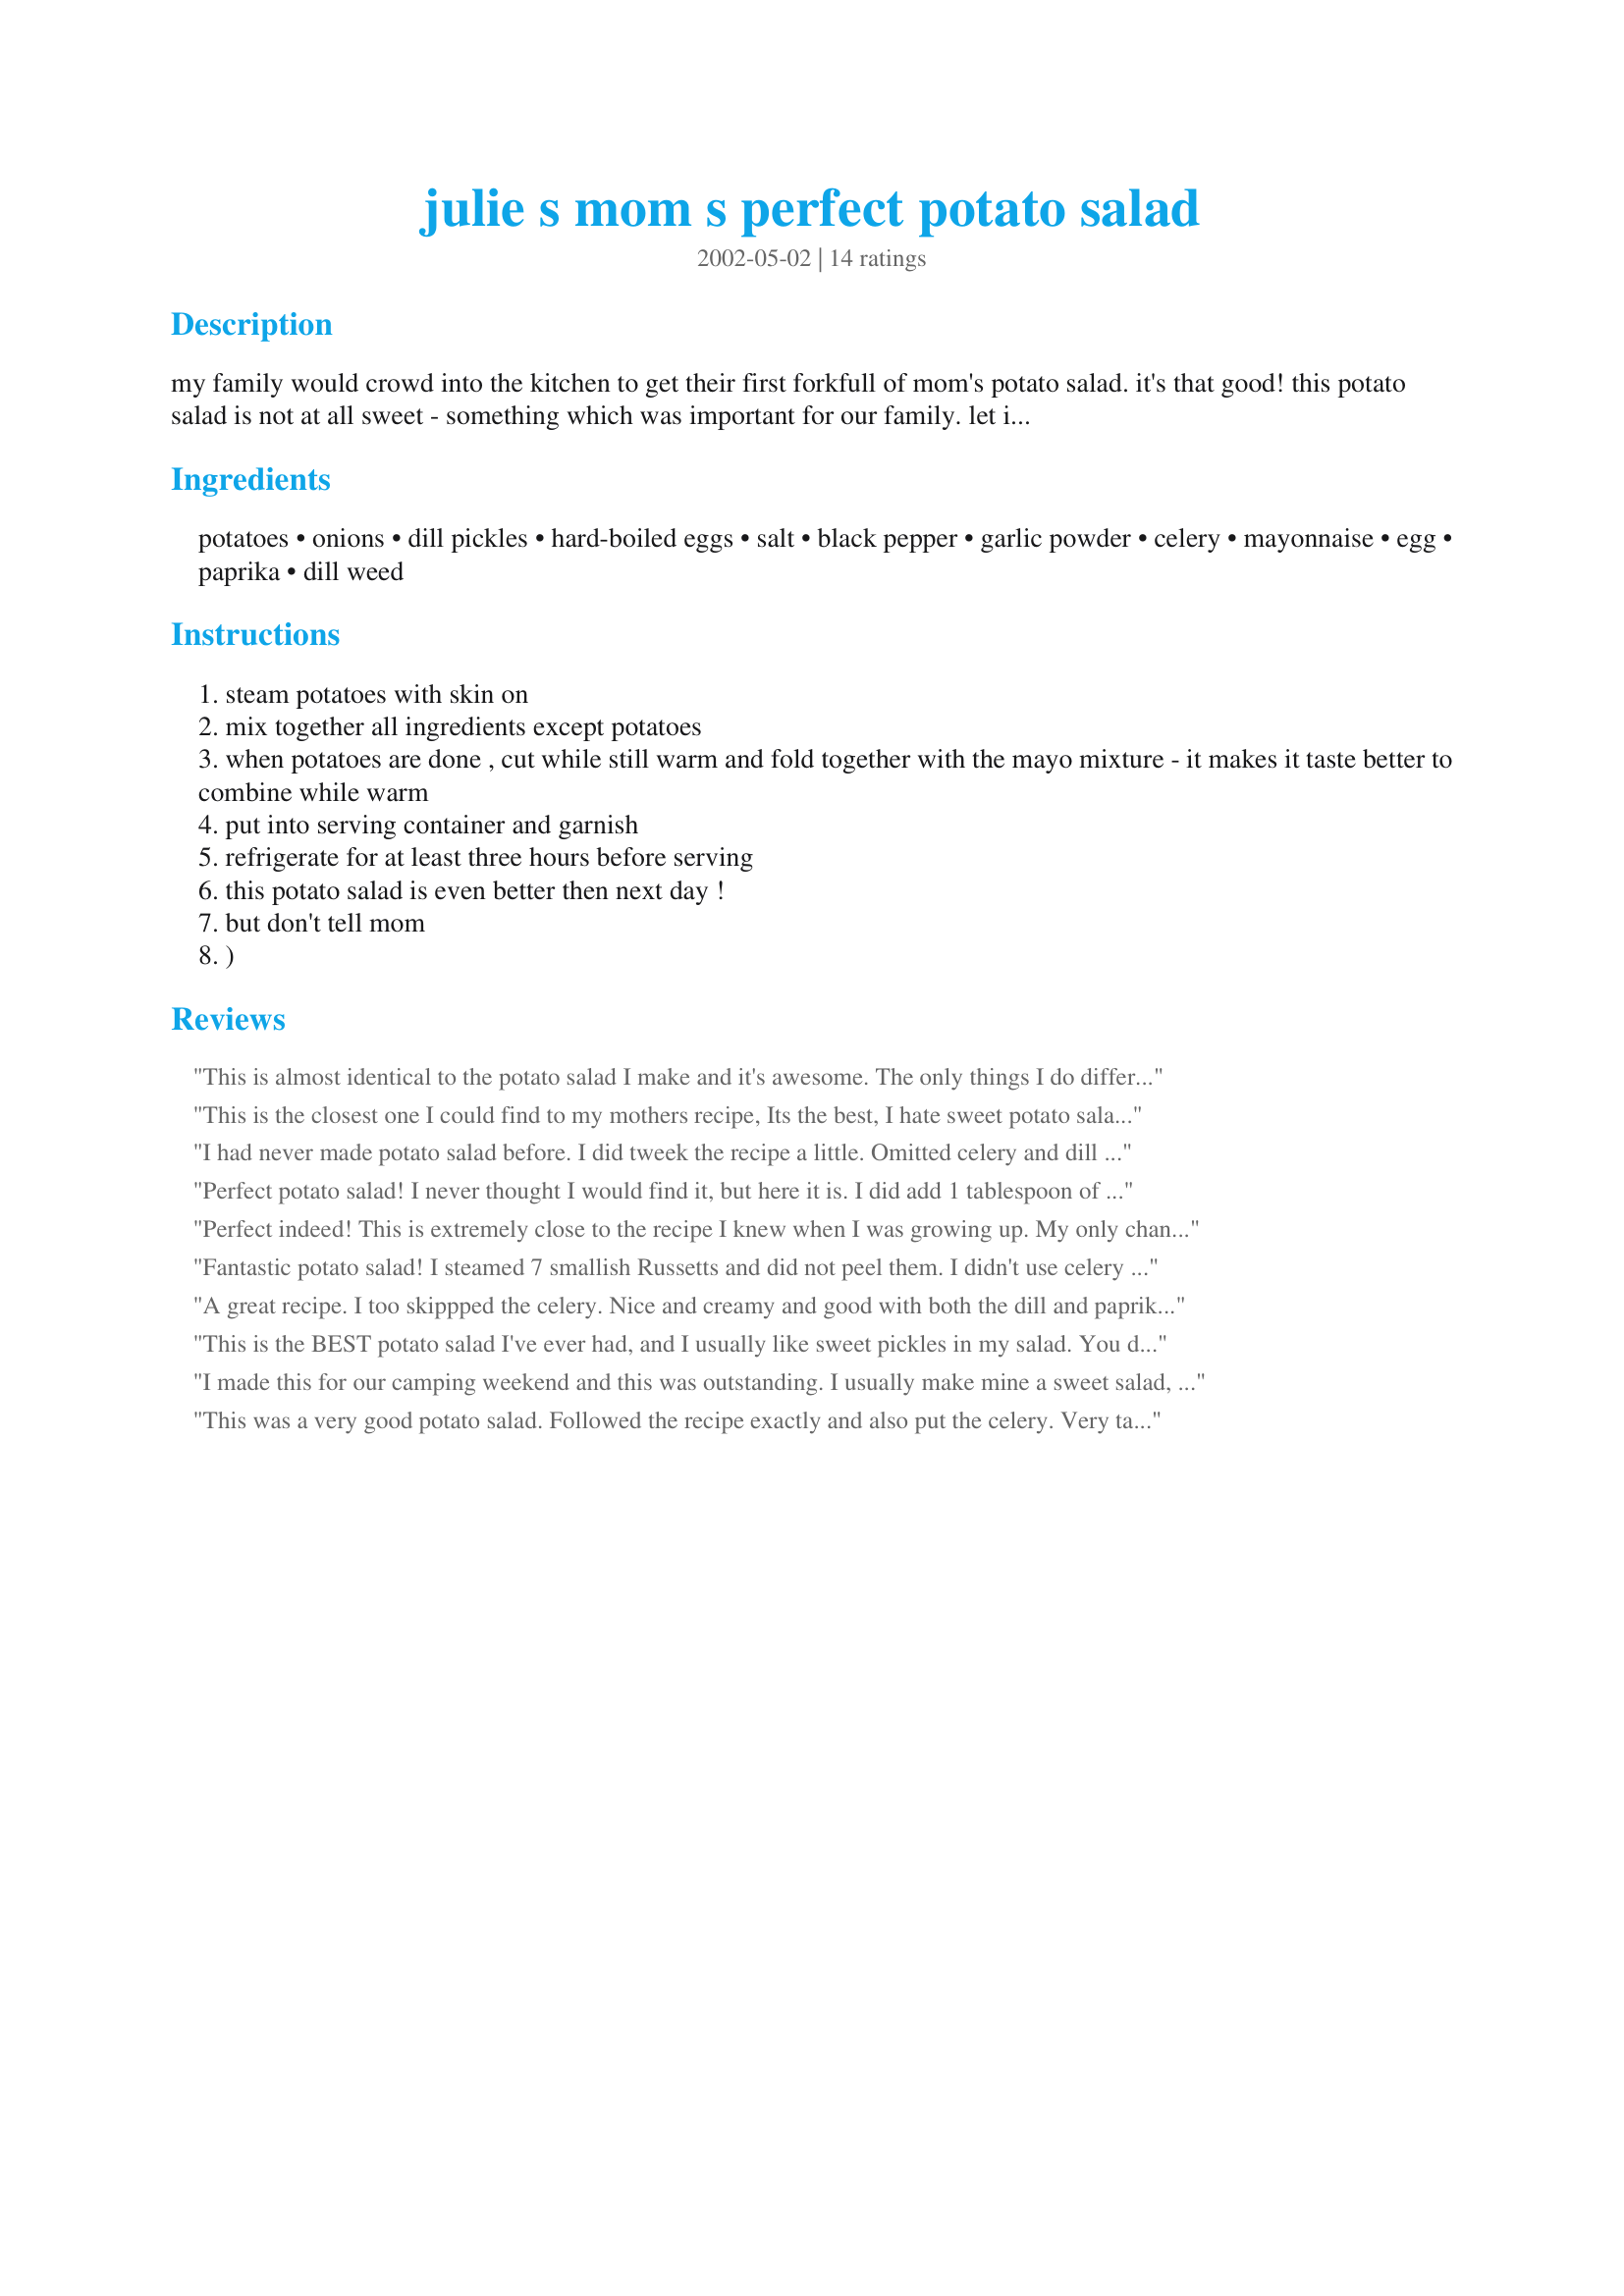
julie s mom s perfect potato salad
Preparation time: 0 minutes

my family would crowd into the kitchen to get their first forkfull of mom's potato salad. it's that good! this potato salad is not at all sweet - something which was important for our family. let it sit in the fridge as long as you can before serving... it's even better the next day!

Ingredients:
potatoes, onions, dill pickles, hard-boiled eggs, salt, black pepper, garlic powder, celery, mayonnaise, egg, paprika, dill weed

Steps:
steam potatoes with skin on
mix together all ingredients except potatoes
when potatoes are done , cut while still warm and fold together with the mayo mixture - it makes it taste better to combine while warm
put into serving container and garnish
refrigerate for at least three hours before serving
this potato salad is even better then next day !
but don't tell mom
)

Reviews:
This is almost identical to the potato salad I make and it's awesome. The only things I do differently is to add celery seed to taste and a small amount of prepared mustard and sweet Gherkin pickles instead of dill pickles. I don't use dill weed, I may have to try it.
This is the closest one I could find to my mothers recipe, Its the best, I hate sweet potato salad with mustard. We never measure so I cant be certain, but it has almost all the same ingredients, so yeah 10 stars for this recipe!!!
I had never made potato salad before. I did tweek the recipe a little. Omitted celery and dill weed. Also I out 4tbsp pickles, 1/2 tsp salt, 1/2 tsp celery salt and 2Tbsp prepared yellow mustard.
Perfect potato salad! I never thought I would find it, but here it is. I did add 1 tablespoon of mustard and omitted egg yolks. Thank you for posting.
Perfect indeed! This is extremely close to the recipe I knew when I was growing up.

My only changes were to use 4 chopped baby dills, 6 chopped eggs in the salad, 4 as a garnish, no celery and a tablespoon of mustard in the mix. It turned out great.

I'm very happy that this recipe was submitted. It will be made constantly. My thanks to Julie and her mom!
Fantastic potato salad! I steamed 7 smallish Russetts and did not peel them. I didn't use celery for personal preference and used a whole Clausen dill pickle that I threw in my food processor along with a small onion. This was very very good and I loved the addition of the dill as a garnish, I was out ofpaprika but love the color so I just sprinkled a little cayenne and this was enjoyed by all. I will be making this all summer! Thank you.
A great recipe. I too skippped the celery. Nice and creamy and good with both the dill and paprika. Will definately make again.
This is the BEST potato salad I've ever had, and I usually like sweet pickles in my salad. You don't miss them. We're lucky if there is any left over when we first make it, but it really is better the second day. The BEST!
I made this for our camping weekend and this was outstanding. I usually make mine a sweet salad, but not anymore. Everyone loved this, I had leftovers today with my lunch and you are right it is better the next day. Thanks Julesong for my new potato recipe!
This was a very good potato salad. Followed the recipe exactly and also put the celery. Very tasty. Thanks for posting.
This truly is *perfect*!
100% exactly the way potato salad should taste and the texture was divine, thank you so much for sharing the recipe.
I love this potato salad. It's almost exactly how my mom made it. (Except her salad was a little unusual because she halfway mashed the potatoes so that it became a lumpy mashed potato salad.) :D
I love this! Thanks for sharing such a great recipe. I will make this often.
There are few things more nose-shrivelling to me than sweet macaroni or potato salad and THIS one avoids that mistake to perfection. My mom made hers like this as well and it's how I make my own. I've put this in my "Encore!" Zaar cookbook which means it's going to be made again and again. Thank you!
